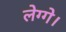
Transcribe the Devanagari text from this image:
लेग्गे।